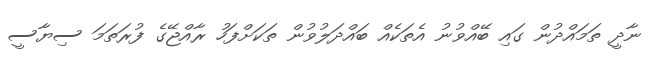
ނާދީ ތަމައްދުން ގައި ބޭއްވުނު އެތަކެއް ބައްދަލުވުން ތަކަށްފަހު ރާއްޖޭގެ ފުރަތަމަ ސިޔާސީ